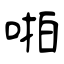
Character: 啪